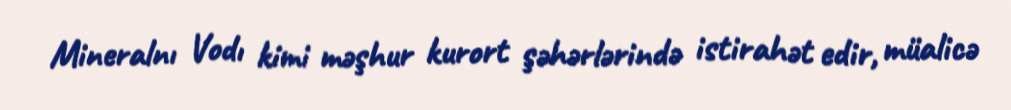
Mineralnı Vodı kimi məşhur kurort şəhərlərində istirahət edir, müalicə